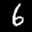
Label: 6